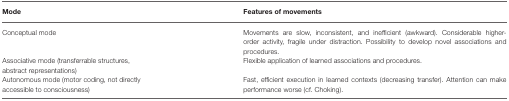
<table><thead><tr><td><b>Mode</b></td><td><b>Features of movements</b></td></tr></thead><tbody><tr><td>Conceptual mode</td><td>Movements are slow, inconsistent, and inefficient (awkward). Considerable higher-order activity, fragile under distraction. Possibility to develop novel associations and procedures.</td></tr><tr><td>Associative mode (transferrable structures, abstract representations)</td><td>Flexible application of learned associations and procedures.</td></tr><tr><td>Autonomous mode (motor coding, not directly accessible to consciousness)</td><td>Fast, efficient execution in learned contexts (decreasing transfer). Attention can make performance worse (cf. Choking).</td></tr></tbody></table>